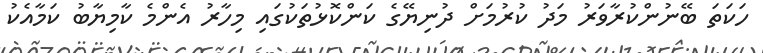
ހަކަތަ ބޭނުންކުރާވަރު މަދު ކުރުމަށް ދުނިޔޭގެ ކަންކޮޅުތަކުގައި މިހާރު އެންމެ ކާމިޔާބު ކަމާއެކު